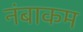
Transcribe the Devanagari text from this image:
नंबाकम